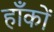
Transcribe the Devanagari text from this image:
हाँकों